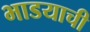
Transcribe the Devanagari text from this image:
भाडयाची